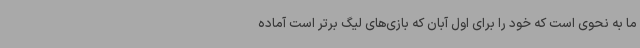
ما به نحوی است که خود را برای اول آبان که بازی‌های لیگ برتر است آماده